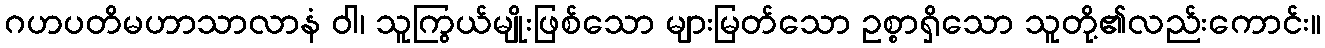
ဂဟပတိမဟာသာလာနံ ဝါ၊ သူကြွယ်မျိုးဖြစ်သော များမြတ်သော ဥစ္စာရှိသော သူတို့၏လည်းကောင်း။